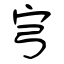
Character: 宆